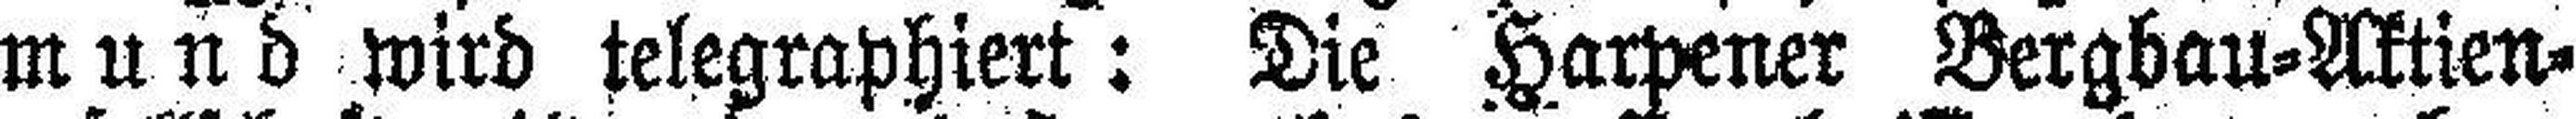
mund wird telegraphiert: Die Harpener Bergbau=Aktien¬